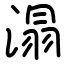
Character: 溻